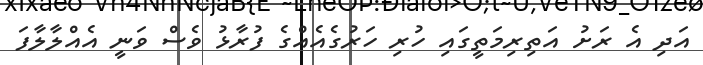
އަދި އެ ރަށު އަތިރިމަތީގައި ހުރި ހަރުގެއެއްގެ ފުރާޅު ވެސް ވަނީ އެއްލާލާފަ